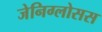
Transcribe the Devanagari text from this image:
जेनिग्लोसस